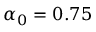
\alpha _ { 0 } = 0 . 7 5